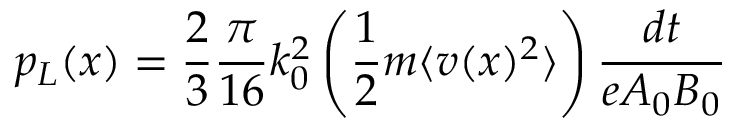
p _ { L } ( x ) = \frac { 2 } { 3 } \frac { \pi } { 1 6 } k _ { 0 } ^ { 2 } \left( \frac { 1 } { 2 } m \langle v ( x ) ^ { 2 } \rangle \right) \frac { d t } { e A _ { 0 } B _ { 0 } }